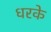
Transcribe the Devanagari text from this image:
धरके